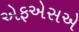
એફએસએ